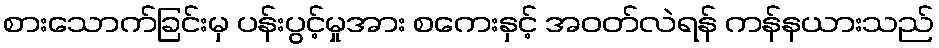
စားသောက်ခြင်းမှ ပန်းပွင့်မှုအား စကေးနှင့် အဝတ်လဲရန် ကန်နယားသည်